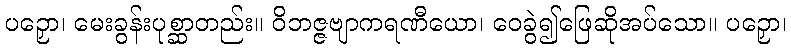
ပဉှော၊ မေးခွန်းပုစ္ဆာတည်း။ ဝိဘဇ္ဇဗျာကရဏီယော၊ ဝေခွဲ၍ဖြေဆိုအပ်သော။ ပဉှော၊